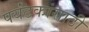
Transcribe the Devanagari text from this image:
पर्यंटकांसाठी